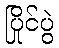
ပြိုင်ပွဲ